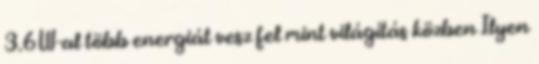
3.6W-al több energiát vesz fel mint világítás közben Ilyen